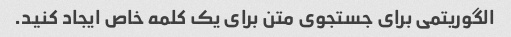
الگوریتمی برای جستجوی متن برای یک کلمه خاص ایجاد کنید.